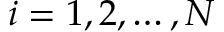
i = 1 , 2 , \ldots , N